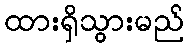
ထားရှိသွားမည်